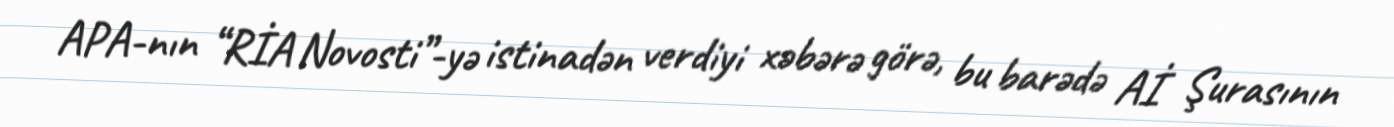
APA-nın “RİA Novosti”-yə istinadən verdiyi xəbərə görə, bu barədə Aİ Şurasının